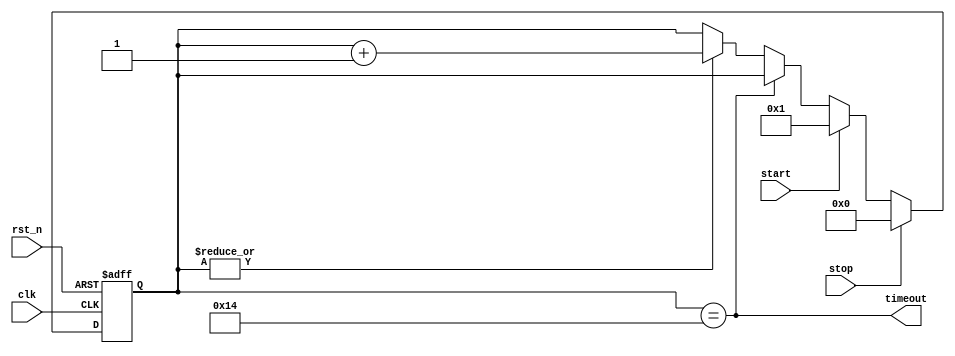
module dpe_timer (
    clk,
    rst_n,
    start,
    stop,
    timeout
);

input              clk;
input              rst_n;
input              start;
input              stop;
output             timeout;

parameter VALUE    = 20;
parameter WIDTH    = 5;

reg [WIDTH-1 : 0]   timer_cnt;

always @(posedge clk or negedge rst_n) begin
    if(!rst_n) begin
        timer_cnt <= WIDTH'b0;
    end else if (stop) begin
        timer_cnt <= WIDTH'b0;
    end else if (start) begin
        timer_cnt <= WIDTH'b1;
    end else if (timer_cnt==VALUE) begin
        timer_cnt <= timer_cnt;
    end else if (|timer_cnt) begin
        timer_cnt <= timer_cnt + WIDTH'b1;
    end
end

assign timeout = timer_cnt==VALUE;

endmodule